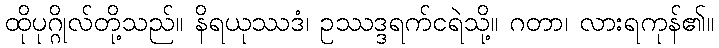
ထိုပုဂ္ဂိုလ်တို့သည်။ နိရယုဿဒံ၊ ဥဿဒ္ဒရက်ငရဲသို့။ ဂတာ၊ လားရကုန်၏။